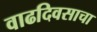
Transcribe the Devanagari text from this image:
वाढदिवसाचा